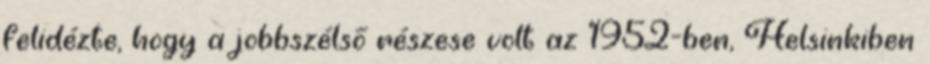
felidézte, hogy a jobbszélső részese volt az 1952-ben, Helsinkiben